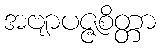
အဗျာပဇ္ဇစိတ္တာ